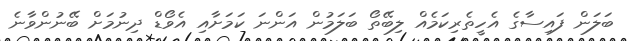
ބަލަން ފައިސާގެ އެހީތެރިކަމެއް ލިބޭތޯ ބަލަމުން އަންނަ ކަމަށާއި އެވޯޑް ދިނުމަށް ބޭނުންވާނެ